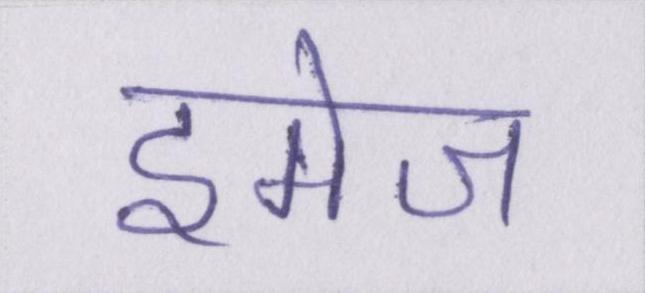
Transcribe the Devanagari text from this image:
इमेज